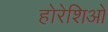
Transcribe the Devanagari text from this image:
होरेशिओ